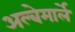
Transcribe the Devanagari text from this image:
अल्बेमार्ले